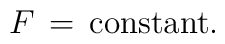
F \, =\, {\rm constant}.